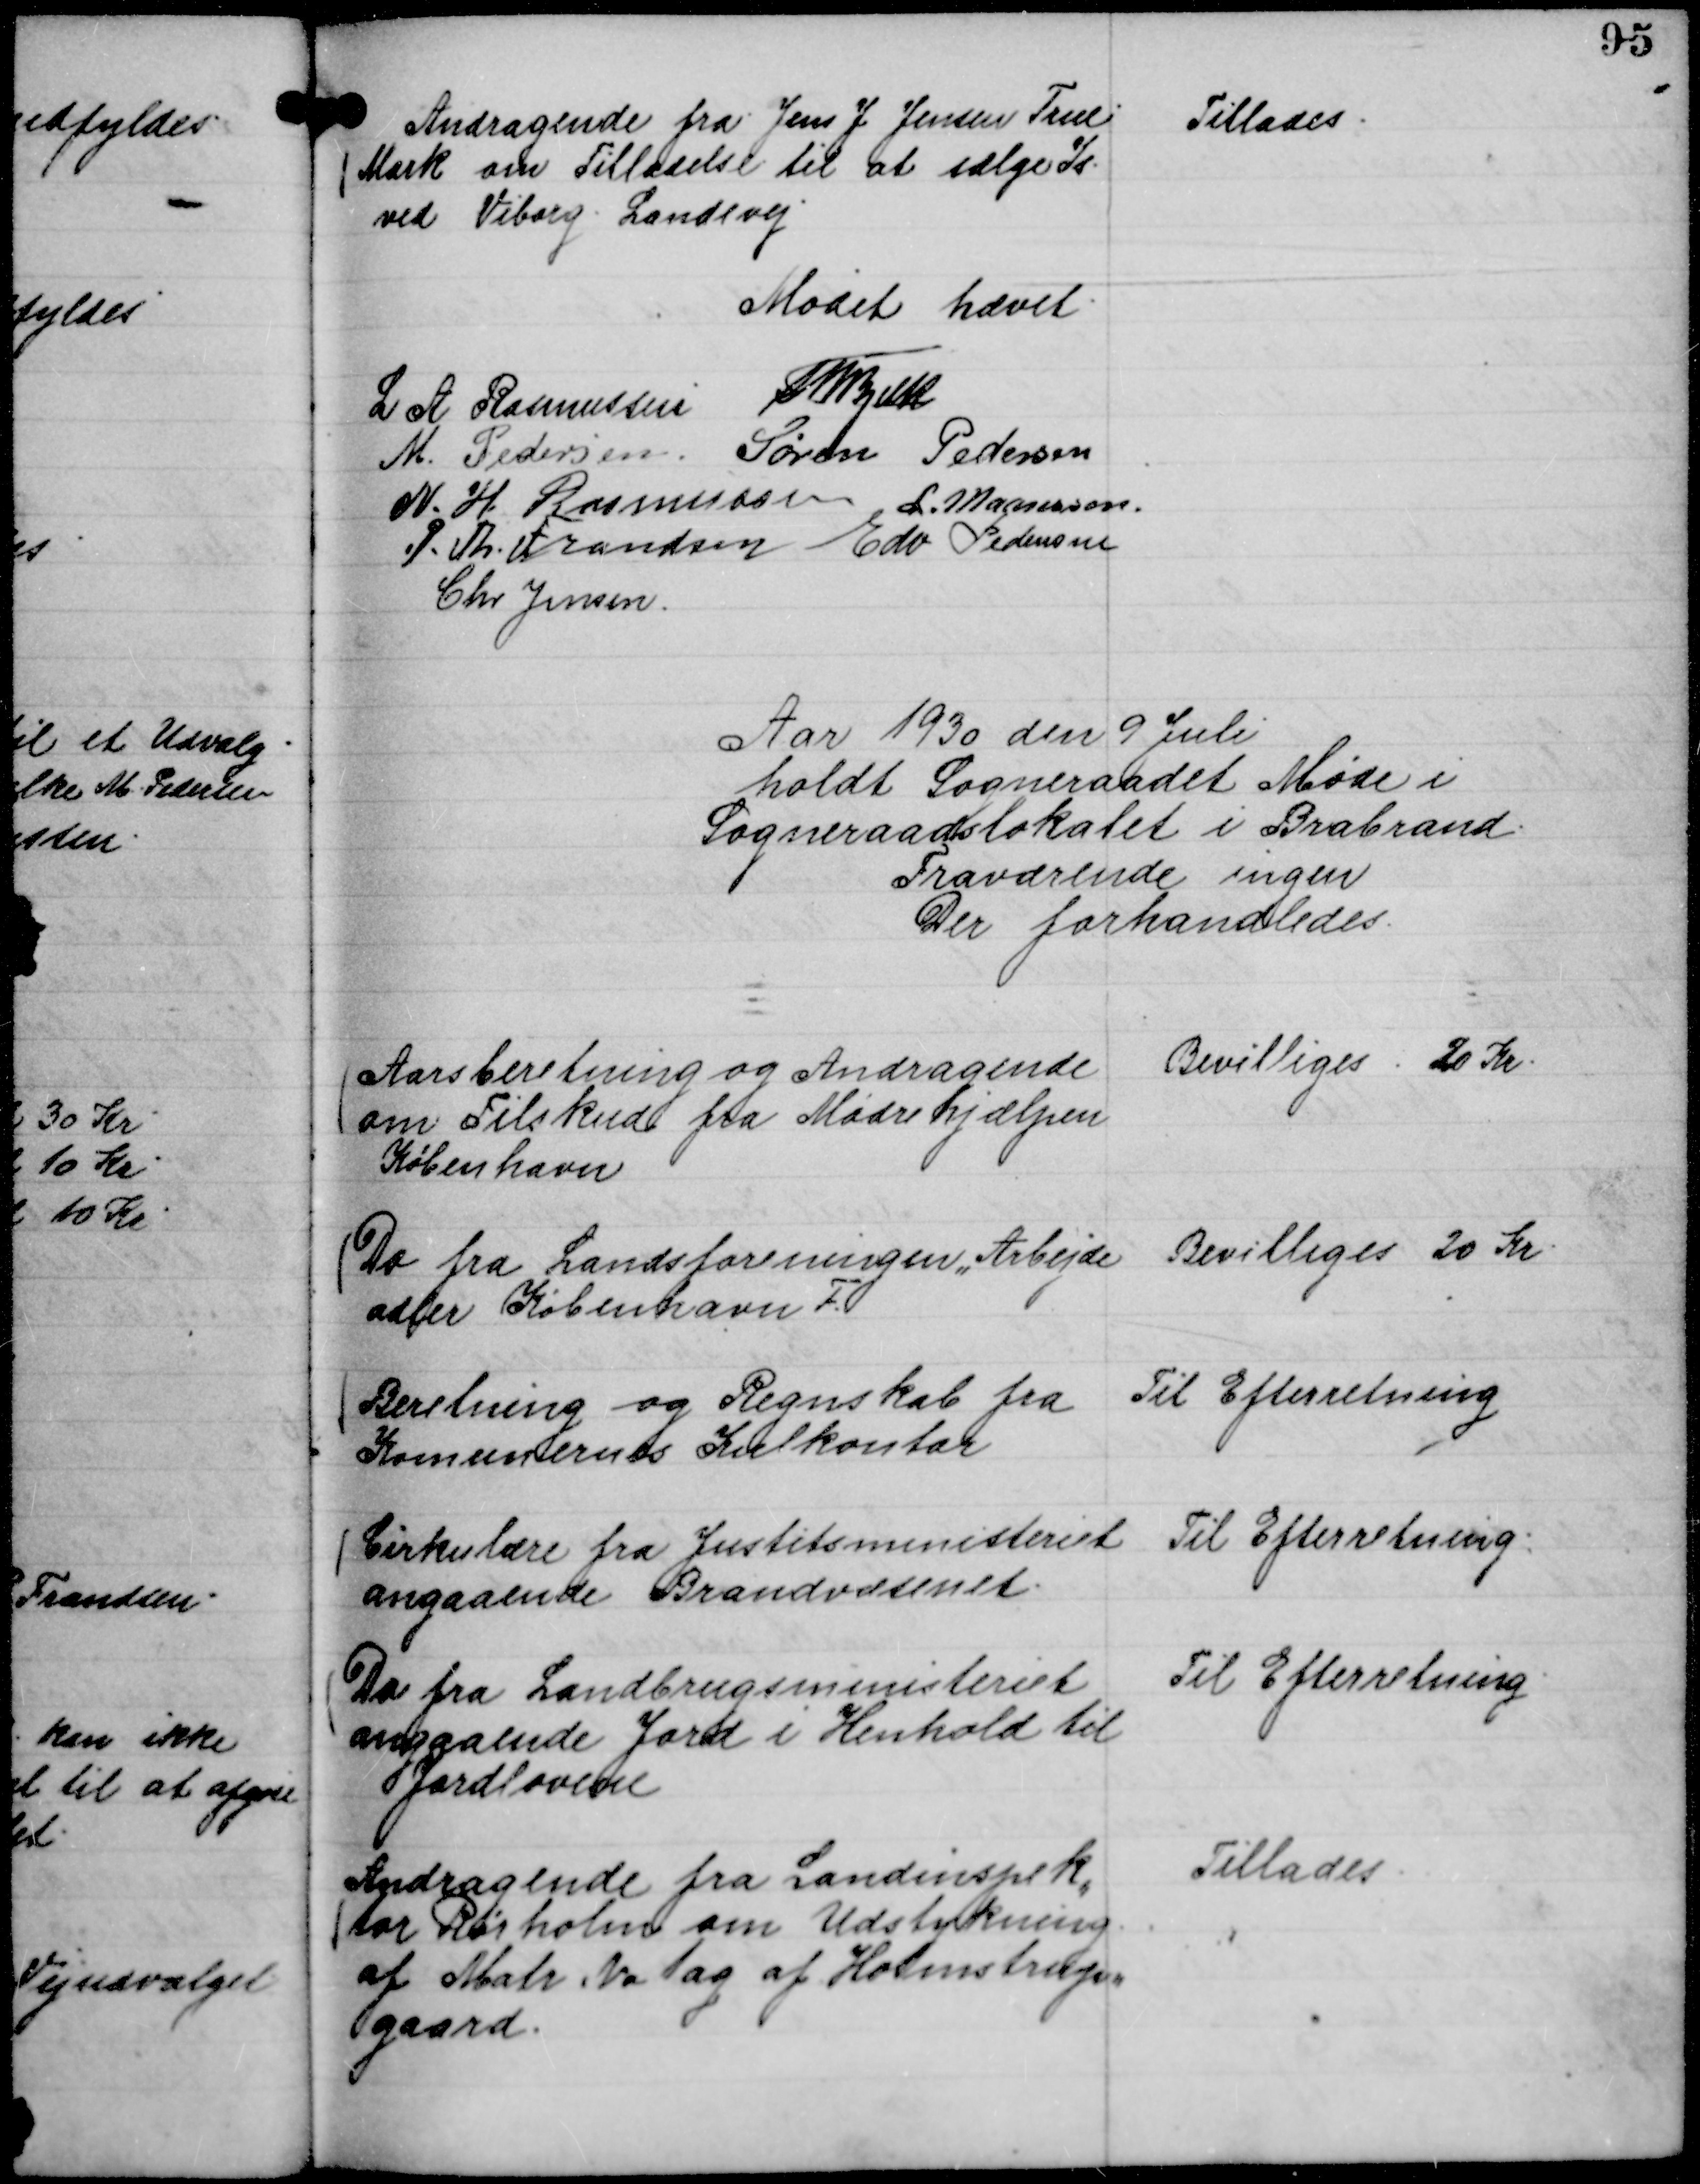
Transskription:
Andragende fra Jens J Jensen True
Mark om Tilladelse til at sælge Is
ved Viborg Landevej

Tillades.

Mødet hævet.
L A Rasmussen
Th Bjelke
M. Pedersen.
Søren Pedersen
N. H. Rasmussen
L. Maansson.
P. Th. Frandsen
Edv Pedersen
Chr Jensen.

Aar 1930 den 9 Juli
holdt Sogneraadet Møde i
Sogneraadslokalet i Brabrand.
Fraværende ingen
Der forhandledes.

Aarsberetning og Andragende
om Tilskud fra Mødrehjælpen
København

Bevilliges 20 Kr.

Do fra Landsforeningen ,, Arbejde
adler København F.

Bevilliges 20 Kr.

Beretning og Regnskab fra
Komunernes Kulkontor

Til Efterretning

Cirkulære fra Justitsministeriet
angaaende Brandvæsenet.

Til Efterretning.

Do fra Landbrugsministeriet
angaaende Jord i Henhold til
Jordlovene

Til Efterretning.

Andragende fra Landinspek,,
tør Rørholm om Udstykning
af Matr No 1 ag af Holmstrup,,
gaard.

Tillades